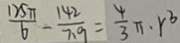
\frac { 1 2 5 \pi } { 6 } - \frac { 1 4 2 } { 7 . 9 } = \frac { 4 } { 3 } \pi . r ^ { 3 }